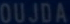
OUJDA